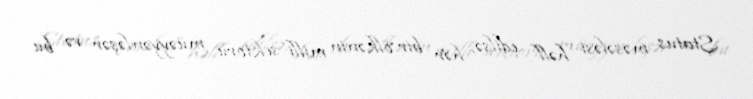
Status məsələsi həll edilsə, hər bir ölkənin milli sektoru müəyyənləşər və bu